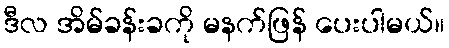
ဒီလ အိမ်ခန်းခကို မနက်ဖြန် ပေးပါမယ်။